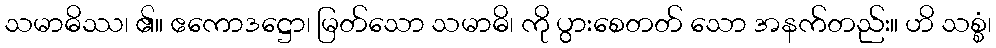
သမာဓိဿ၊ ၏။ ဧကောဒဋ္ဌော၊ မြတ်သော သမာဓိ၊ ကို ပွားစေတတ် သော အနက်တည်း။ ဟိ သစ္စံ၊